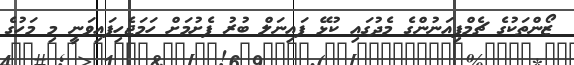
ޒޯންތަކުގެ ޗެމްޕިއަނުންގެ މެދުގައި ކުޅޭ ފައިނަލް ބުރު ފެށުމަށް ހަމަޖެހިފައިވަނީ މި މަހުގެ